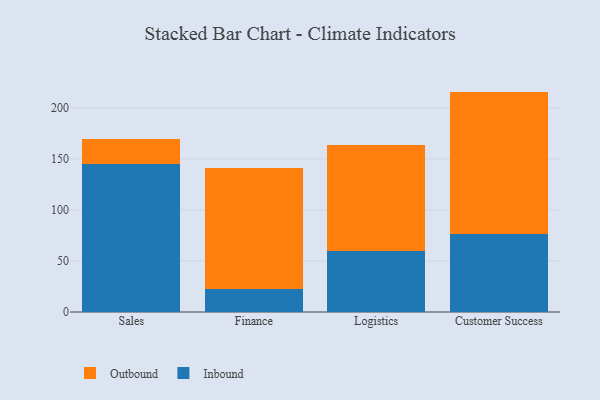
{"axis": {"x": "Department", "y": "Customer Acquisition Cost (USD)"}, "legend": ["Inbound", "Outbound"], "data": [{"x": "Sales", "y": 144.5, "type": "Inbound"}, {"x": "Sales", "y": 25.4, "type": "Outbound"}, {"x": "Finance", "y": 23.0, "type": "Inbound"}, {"x": "Finance", "y": 117.9, "type": "Outbound"}, {"x": "Logistics", "y": 60.0, "type": "Inbound"}, {"x": "Logistics", "y": 103.9, "type": "Outbound"}, {"x": "Customer Success", "y": 76.2, "type": "Inbound"}, {"x": "Customer Success", "y": 139.7, "type": "Outbound"}]}